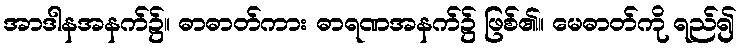
အာဒါနအနက်၌။ ဓာဓာတ်ကား ဓာရဏအနက်၌ ဖြစ်၏။ မေဓာတ်ကို ရည်၍